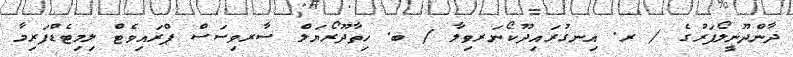
ދާންދޫނީލޯފަރުގެ / ރ. އިނގުރައިދޫކޯނަރވިލާ / ބ. ހިތާދޫރޯޔަލް ސާރވިސަސް ޕްރައިވެޓް ލިމިޓެޑްފަރިމާ